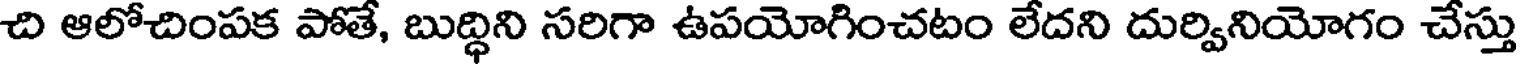
చి ఆలోచింపక పోతే, బుద్ధిని సరిగా ఉపయోగించటం లేదని దుర్వినియోగం చేస్తు